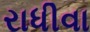
રાધીવા